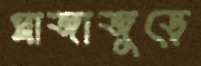
প্লাজাজুড়ে